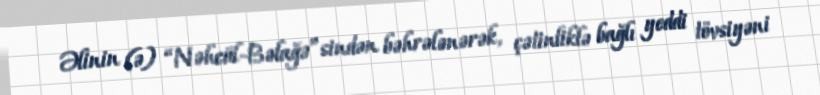
Əlinin (ə) “Nəhcül-Bəlağə”sindən bəhrələnərək, çətinliklə bağlı yeddi tövsiyəni